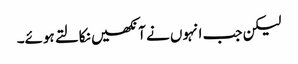
لیکن جب انہوں نے آنکھیں نکالتے ہوئے۔